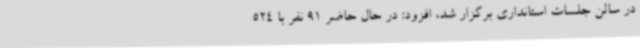
در سالن جلسات استانداری برگزار شد، افزود: در حال حاضر 91 نفر با 524